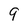
Character: 9